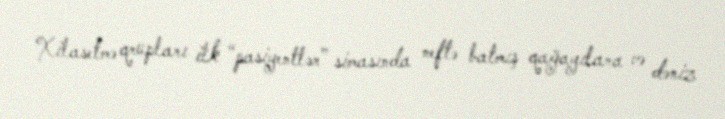
Xilasetmə qrupları ilk “pasiyentlər” simasında neftə batmış qağayılara və dəniz